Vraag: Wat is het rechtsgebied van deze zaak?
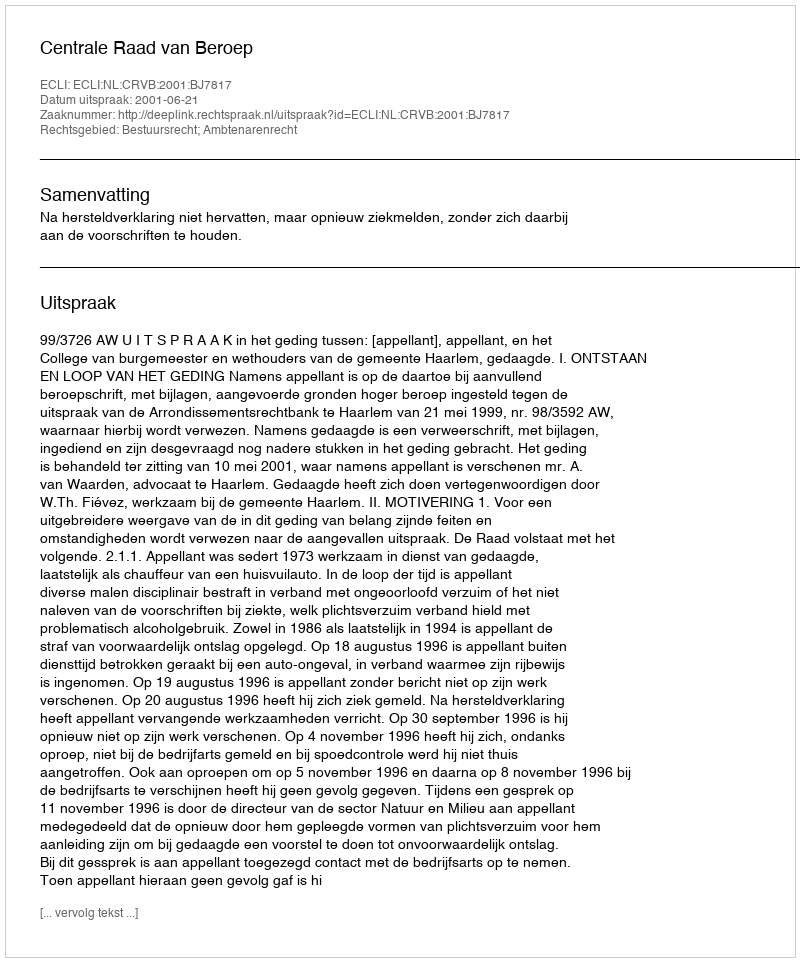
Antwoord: Bestuursrecht; Ambtenarenrecht